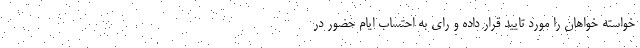
خواسته خواهان را مورد تایید قرار داده و رای به احتساب ایام حضور در